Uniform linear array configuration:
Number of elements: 4
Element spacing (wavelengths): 0.75
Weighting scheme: kaiser
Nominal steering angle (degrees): -15
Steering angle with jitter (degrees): -16.341
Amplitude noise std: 0.05
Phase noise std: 0.05

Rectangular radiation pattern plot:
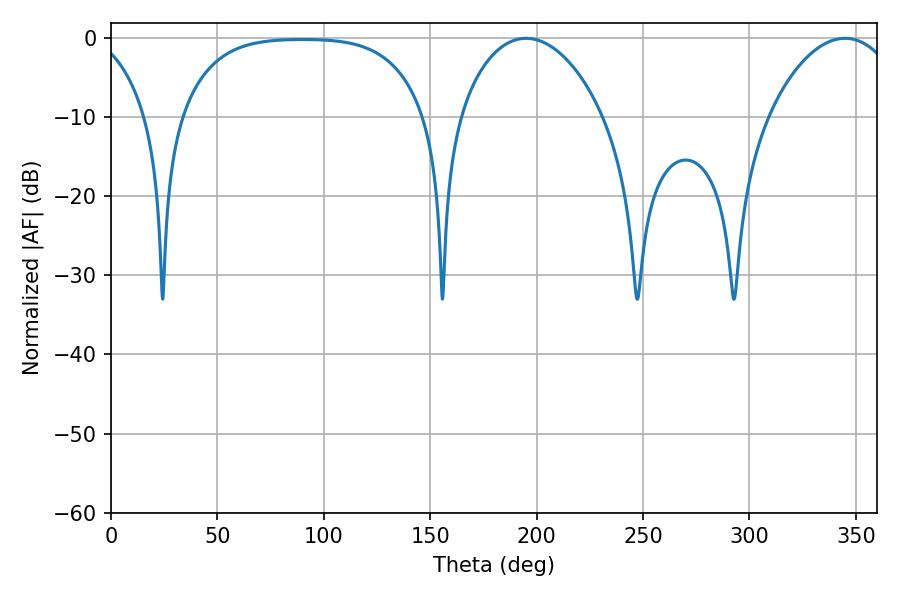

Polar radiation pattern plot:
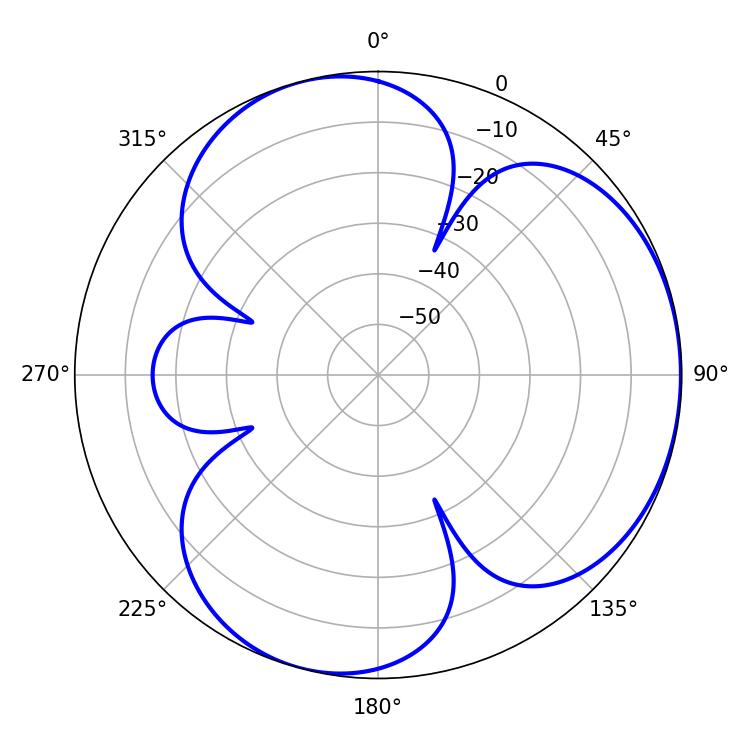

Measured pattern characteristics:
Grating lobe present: TRUE
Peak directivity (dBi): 3.883
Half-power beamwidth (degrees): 38.52
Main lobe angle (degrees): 195.12